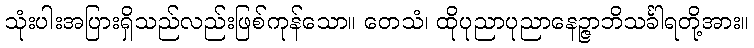
သုံးပါးအပြားရှိသည်လည်းဖြစ်ကုန်သော။ တေသံ၊ ထိုပုညာပုညာနေဉ္ဇာဘိသင်္ခါရတို့အား။